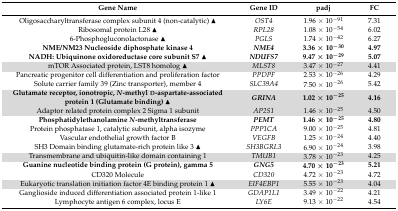
<table><thead><tr><td><b>Gene Name</b></td><td><b>Gene ID</b></td><td><b>padj</b></td><td><b>FC</b></td></tr></thead><tbody><tr><td>Oligosaccharyltransferase complex subunit 4 (non-catalytic) ▲</td><td><i>OST4</i></td><td>1.96 × 10<sup>−91</sup></td><td>7.31</td></tr><tr><td>Ribosomal protein L28 ▲</td><td><i>RPL28</i></td><td>1.08 × 10<sup>−54</sup></td><td>6.02</td></tr><tr><td>6-Phosphogluconolactonase ▲</td><td><i>PGLS</i></td><td>1.74 × 10<sup>−42</sup></td><td>6.27</td></tr><tr><td><b>NME/NM23 Nucleoside diphosphate kinase 4</b></td><td><b><i>NME4</i></b></td><td><b>3.36 × 10<sup>−30</sup></b></td><td><b>4.97</b></td></tr><tr><td><b>NADH: Ubiquinone oxidoreductase core subunit S7 ▲</b></td><td><b><i>NDUFS7</i></b></td><td><b>9.47 × 10<sup>−29</sup></b></td><td><b>5.07</b></td></tr><tr><td>mTOR Associated protein, LST8 homolog ▲</td><td><i>MLST8</i></td><td>3.47 × 10<sup>−27</sup></td><td>4.41</td></tr><tr><td>Pancreatic progenitor cell differentiation and proliferation factor</td><td><i>PPDPF</i></td><td>2.53 × 10<sup>−26</sup></td><td>4.29</td></tr><tr><td>Solute carrier family 39 (Zinc transporter), member 4</td><td><i>SLC39A4</i></td><td>7.50 × 10<sup>−26</sup></td><td>5.42</td></tr><tr><td><b>Glutamate receptor, ionotropic, <i>N</i>-methyl d-aspartate-associated protein 1 (Glutamate binding) ▲</b></td><td><b><i>GRINA</i></b></td><td><b>1.02 × 10<sup>−25</sup></b></td><td><b>4.16</b></td></tr><tr><td>Adaptor related protein complex 2 Sigma 1 subunit</td><td><i>AP2S1</i></td><td>1.46 × 10<sup>−25</sup></td><td>4.50</td></tr><tr><td><b>Phosphatidylethanolamine <i>N</i>-methyltransferase</b></td><td><b><i>PEMT</i></b></td><td><b>1.46 × 10<sup>−25</sup></b></td><td><b>4.80</b></td></tr><tr><td>Protein phosphatase 1, catalytic subunit, alpha isozyme</td><td><i>PPP1CA</i></td><td>9.00 × 10<sup>−25</sup></td><td>4.81</td></tr><tr><td>Vascular endothelial growth factor B</td><td><i>VEGFB</i></td><td>1.25 × 10<sup>−24</sup></td><td>4.40</td></tr><tr><td>SH3 Domain binding glutamate-rich protein like 3 ▲</td><td><i>SH3BGRL3</i></td><td>6.90 × 10<sup>−24</sup></td><td>3.98</td></tr><tr><td>Transmembrane and ubiquitin-like domain containing 1</td><td><i>TMUB1</i></td><td>3.78 × 10<sup>−23</sup></td><td>4.25</td></tr><tr><td><b>Guanine nucleotide binding protein (G protein), gamma 5</b></td><td><b><i>GNG5</i></b></td><td><b>4.70 × 10<sup>−23</sup></b></td><td><b>5.21</b></td></tr><tr><td>CD320 Molecule</td><td><i>CD320</i></td><td>4.72 × 10<sup>−23</sup></td><td>4.72</td></tr><tr><td>Eukaryotic translation initiation factor 4E binding protein 1 ▲</td><td><i>EIF4EBP1</i></td><td>5.55 × 10<sup>−23</sup></td><td>4.04</td></tr><tr><td>Ganglioside induced differentiation associated protein 1-like 1</td><td><i>GDAP1L1</i></td><td>3.49 × 10<sup>−22</sup></td><td>4.21</td></tr><tr><td>Lymphocyte antigen 6 complex, locus E</td><td><i>LY6E</i></td><td>9.13 × 10<sup>−22</sup></td><td>4.54</td></tr></tbody></table>